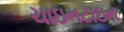
ચાઇનટાઇન